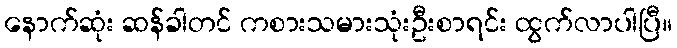
နောက်ဆုံး ဆန်ခါတင် ကစားသမားသုံးဦးစာရင်း ထွက်လာပါပြီ။